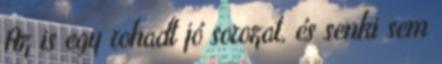
Az is egy rohadt jó sorozat, és senki sem